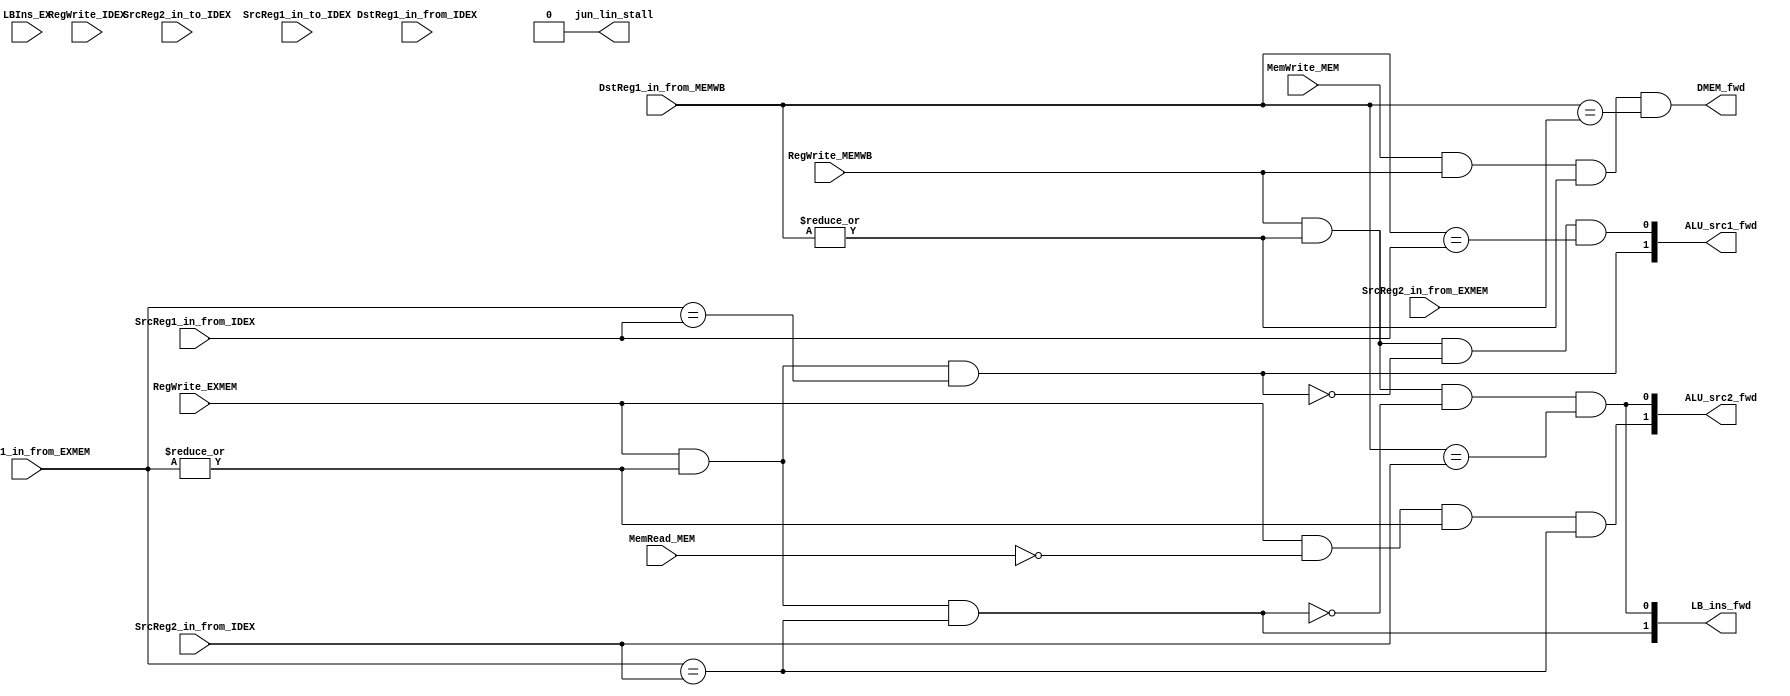
module forwarding_unit(ALU_src1_fwd, ALU_src2_fwd, LB_ins_fwd, RegWrite_EXMEM, RegWrite_MEMWB, MemWrite_MEM, DstReg1_in_from_EXMEM, DstReg1_in_from_MEMWB, SrcReg1_in_from_IDEX, SrcReg2_in_from_IDEX, DstReg1_in_from_IDEX, SrcReg2_in_from_EXMEM, DMEM_fwd, MemRead_MEM, jun_lin_stall, LBIns_EX, RegWrite_IDEX, SrcReg2_in_to_IDEX, SrcReg1_in_to_IDEX);

input RegWrite_EXMEM; // for ex hazards, The ALU operand is forwarded from the prior ALU result
input RegWrite_IDEX;
input RegWrite_MEMWB; // for memory hazards, The ALU operand is forwarded from data memory or an earlier ALU result.
input MemWrite_MEM, MemRead_MEM; // for mem2mem forwarding (only on stores)

input [3:0] DstReg1_in_from_EXMEM, DstReg1_in_from_MEMWB, SrcReg1_in_from_IDEX, SrcReg2_in_from_IDEX, DstReg1_in_from_IDEX,
		SrcReg2_in_from_EXMEM;
input [3:0] SrcReg2_in_to_IDEX, SrcReg1_in_to_IDEX;
input LBIns_EX;

output [1:0] ALU_src1_fwd, ALU_src2_fwd, LB_ins_fwd;
output DMEM_fwd;
output jun_lin_stall;

///////EX hazard forwarding////////////////////////////////////////////
//if (EX/MEM.RegWrite
//and (EX/MEM.RegisterRd ? 0)
//and (EX/MEM.RegisterRd = ID/EX.RegisterRs)) ForwardA = 10

//if (RegWrite_EXMEM
//and (DstReg1_in_from_EXMEM ? 0)
//and (DstReg1_in_from_EXMEM = SrcReg2_in_from_IDEX)) ForwardB = 10


assign ALU_src1_fwd[1] = RegWrite_EXMEM & (|DstReg1_in_from_EXMEM) & (DstReg1_in_from_EXMEM == SrcReg1_in_from_IDEX);

assign ALU_src2_fwd[1] = RegWrite_EXMEM & ~MemRead_MEM & (|DstReg1_in_from_EXMEM) & (DstReg1_in_from_EXMEM == SrcReg2_in_from_IDEX);

// LLB and LHB forwarding (EX to EX)
assign LB_ins_fwd[1] = RegWrite_EXMEM & (|DstReg1_in_from_EXMEM) & (DstReg1_in_from_EXMEM == SrcReg2_in_from_IDEX);
//assign jun_lin_stall = RegWrite_IDEX & (|DstReg1_in_from_IDEX) & LBIns_EX & ((DstReg1_in_from_IDEX == SrcReg2_in_to_IDEX) | (DstReg1_in_from_IDEX == SrcReg1_in_to_IDEX));
assign jun_lin_stall = 1'b0;

///////MEM to ex fowarding////////////////////////////////////////////
//if (MEMWB_RegWrite
//and (DstReg1_in_from_MEMWB ? 0)
//and not(RegWrite_EXMEM and (DstReg1_in_from_EXMEM ? 0)
//and (DstReg1_in_from_EXMEM ?SrcReg1_in_from_IDEX))
//and (DstReg1_in_from_MEMWB = SrcReg1_in_from_IDEX)) ForwardA = 01

//if (MEM/WB.RegWrite
//and (MEM/WB.RegisterRd ? 0)
//and not(EX/MEM.RegWrite and (EX/MEM.RegisterRd ? 0)
//and (EX/MEM.RegisterRd ? ID/EX.RegisterRt))
//and (MEM/WB.RegisterRd = ID/EX.RegisterRt)) ForwardB = 01
assign  ALU_src1_fwd[0] = RegWrite_MEMWB & |(DstReg1_in_from_MEMWB) & 
	~(RegWrite_EXMEM & |(DstReg1_in_from_EXMEM) & (DstReg1_in_from_EXMEM == SrcReg1_in_from_IDEX)) & (DstReg1_in_from_MEMWB == SrcReg1_in_from_IDEX);

assign  ALU_src2_fwd[0] = RegWrite_MEMWB & |(DstReg1_in_from_MEMWB) & 
	~(RegWrite_EXMEM & |(DstReg1_in_from_EXMEM) & (DstReg1_in_from_EXMEM == SrcReg2_in_from_IDEX)) & (DstReg1_in_from_MEMWB == SrcReg2_in_from_IDEX);

// LLB and LHB MEM to EX
assign LB_ins_fwd[0] = RegWrite_MEMWB & |(DstReg1_in_from_MEMWB) &
	~(RegWrite_EXMEM & |(DstReg1_in_from_EXMEM) & (DstReg1_in_from_EXMEM == SrcReg2_in_from_IDEX)) & (DstReg1_in_from_MEMWB == SrcReg2_in_from_IDEX);

///////MEM to MEM forwarding
//if ( EX/MEM.MemWrite and MEM/WB.RegWrite and (MEM/WB.RegisterRd ? 0)
//and (MEM/WB.RegisterRd = EX/MEM.RegisterRt)
//) enable MEM-to-MEM forwarding;

assign DMEM_fwd = MemWrite_MEM & RegWrite_MEMWB & (|DstReg1_in_from_MEMWB) & (DstReg1_in_from_MEMWB == SrcReg2_in_from_EXMEM);

endmodule